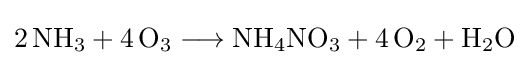
{2\,\mathrm {NH} {\vphantom {A}}_{\smash[{t}]{3}}{}+{}4\,\mathrm {O} {\vphantom {A}}_{\smash[{t}]{3}}{}\mathrel {\longrightarrow } {}\mathrm {NH} {\vphantom {A}}_{\smash[{t}]{4}}\mathrm {NO} {\vphantom {A}}_{\smash[{t}]{3}}{}+{}4\,\mathrm {O} {\vphantom {A}}_{\smash[{t}]{2}}{}+{}\mathrm {H} {\vphantom {A}}_{\smash[{t}]{2}}\mathrm {O} }